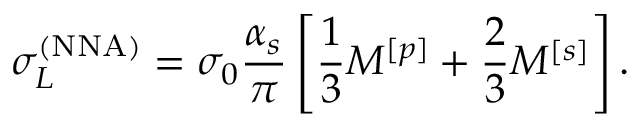
\sigma _ { L } ^ { ( \mathrm { N N A } ) } = \sigma _ { 0 } \frac { \alpha _ { s } } { \pi } \left[ \frac { 1 } { 3 } M ^ { [ p ] } + \frac { 2 } { 3 } M ^ { [ s ] } \right] .